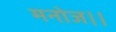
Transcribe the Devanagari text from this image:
मनोज।।